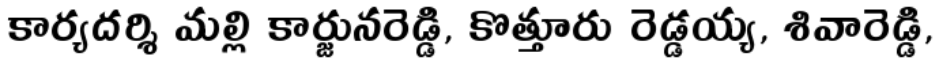
కార్యదర్శి మల్లి కార్జునరెడ్డి, కొత్తూరు రెడ్డయ్య, శివారెడ్డి,